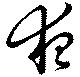
夜